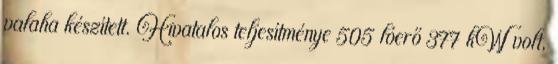
valaha készített. Hivatalos teljesítménye 505 lóerő 377 kW volt,